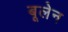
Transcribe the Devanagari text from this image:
बूलेन